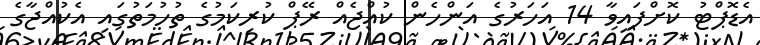
އެޑޮޕްޓު ކޮށްފައިވާ 14 އަހަރުގެ އަންހެން ކުއްޖެއް ރޭޕް ކުރިކަމުގެ ތުހުމަތުގައި އެކުއްޖާގެ